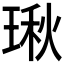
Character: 𤧐